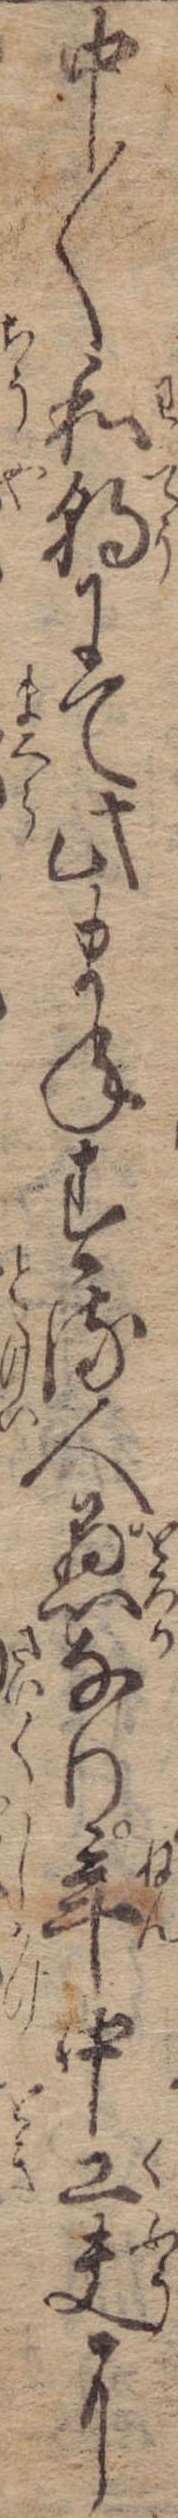
中〱和朝にて此まねする人愚なり年中工夫に